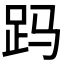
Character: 𲃖